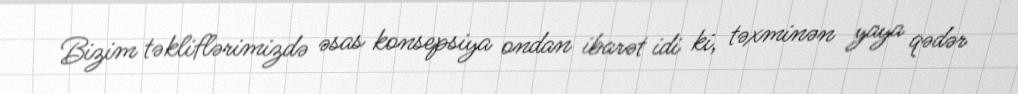
Bizim təkliflərimizdə əsas konsepsiya ondan ibarət idi ki, təxminən yaya qədər